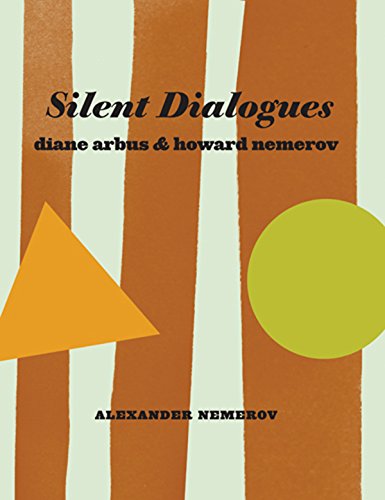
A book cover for Silent Dialogues: Diane Arbus & Howard Nemerov; Alexander Nemerov; Arts & Photography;